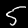
Label: 5